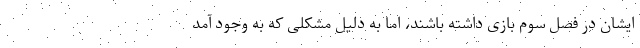
ایشان در فصل سوم بازی داشته باشند، اما به دلیل مشکلی که به وجود آمد